Plague in India, 1896, 1897 - Volume 2
Year: 1896
Disease focus: Plague
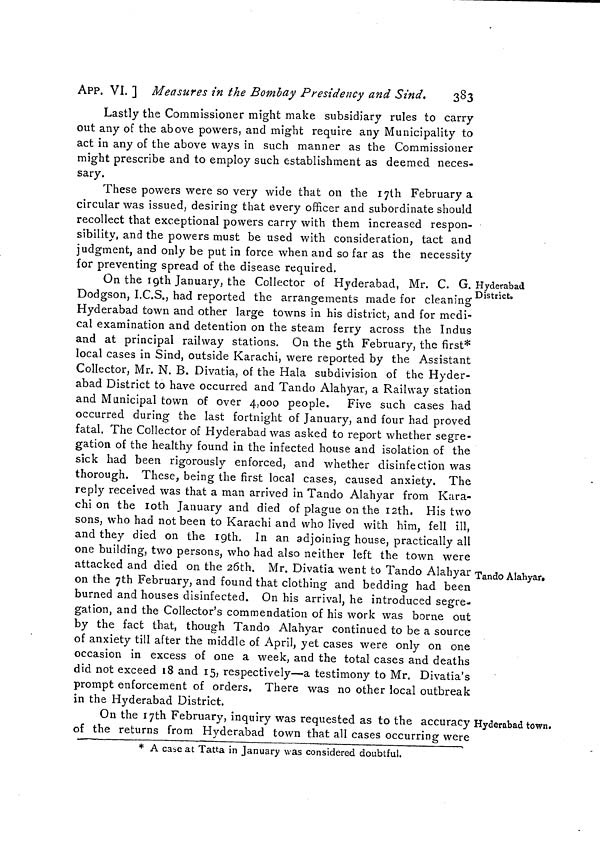
APP. VI. ] Measures in the Bombay Presidency and Sind.
383
Lastly the Commissioner might make subsidiary rules to carry
out any of the above powers, and might require any Municipality to
act in any of the above ways in such manner as the Commissioner
might prescribe and to employ such establishment as deemed neces-
sary.
These powers were so very wide that on the 17th February a
circular was issued, desiring that every officer and subordinate should
recollect that exceptional powers carry with them increased respon-
sibility, and the powers must be used with consideration, tact and
judgment, and only be put in force when and so far as the necessity
for preventing spread of the disease required.
Hyderabad
District»
On the 19th January, the Collector of Hyderabad, Mr. C. G.
Dodgson, I.C.S., had reported the arrangements made for cleaning
Hyderabad town and other large towns in his district, and for medi-
cal examination and detention on the steam ferry across the Indus
and at principal railway stations. On the 5th February, the first*
local cases in Sind, outside Karachi, were reported by the Assistant
Collector, Mr. N. B. Divatia, of the Hala subdivision of the Hyder-
abad District to have occurred and Tando Alahyar, a Railway station
and Municipal town of over 4,000 people. Five such cases had
occurred during the last fortnight of January, and four had proved
fatal. The Collector of Hyderabad was asked to report whether segre-
gation of the healthy found in the infected house and isolation of the
sick had been rigorously enforced, and whether disinfection was
thorough. These, being the first local cases, caused anxiety. The
reply received was that a man arrived in Tando Alahyar from Kara-
chi on the 10th January and died of plague on the 12th, His two
sons, who had not been to Karachi and who lived with him, fell ill,
and they died on the 19th. In an adjoining house, practically all
one building, two persons, who had also neither left the town were
Tando Alahyar.
attacked and died on the 26th. Mr. Divatia went to Tando Alahyar
on the 7th February, and found that clothing and bedding had been
burned and houses disinfected. On his arrival, he introduced segre-
gation, and the Collector's commendation of his work was borne out
by the fact that, though Tando Alahyar continued to be a source
of anxiety till after the middle of April, yet cases were only on one
occasion in excess of one a week, and the total cases and deaths
did not exceed 18 and 15, respectively—a testimony to Mr. Divatia's
prompt enforcement of orders. There was no other local outbreak
in the Hyderabad District.
Hyderabad town.
On the 17th February, inquiry was requested as to the accuracy
of the returns from Hyderabad town that all cases occurring were
* A cabe at Tatta in January was considered doubtful.